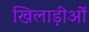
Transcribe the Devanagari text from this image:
खिलाड़ीओं